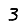
Digit: 3